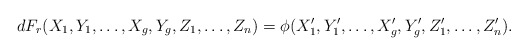
\begin{align*}dF_r(X_1,Y_1,\ldots ,X_g,Y_g,Z_1,\ldots,Z_n) = \phi (X_1',Y_1',\ldots ,X_g',Y_g',Z_1',\ldots ,Z_n').\end{align*}